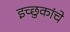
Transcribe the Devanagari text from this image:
इच्छुकांचे